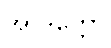
အာဒိတ္တော